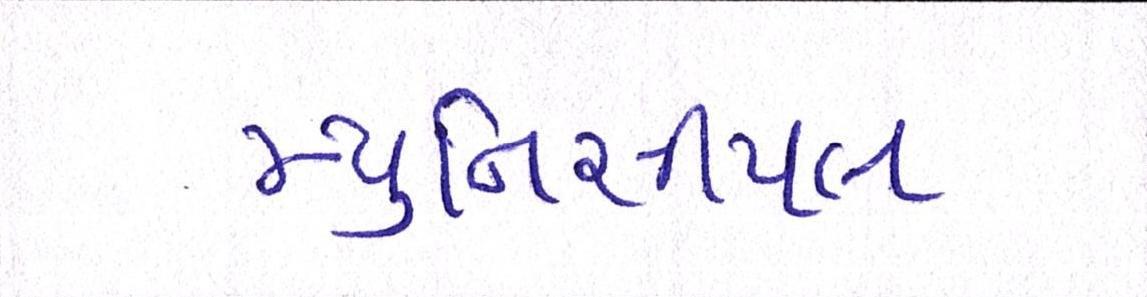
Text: મ્યુનિસીપલ